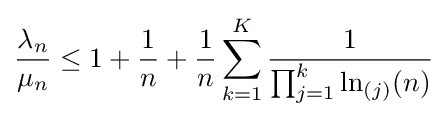
{\frac {\lambda _{n}}{\mu _{n}}}\leq 1+{\frac {1}{n}}+{\frac {1}{n}}\sum _{k=1}^{K}{\frac {1}{\prod _{j=1}^{k}\ln _{(j)}(n)}}